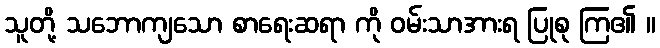
သူတို့ သဘောကျသော စာရေးဆရာ ကို ဝမ်းသာအားရ ပြုစု ကြ၏ ။